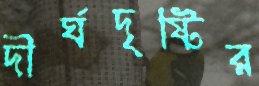
দীর্ঘদৃষ্টির